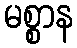
မစ္စာန